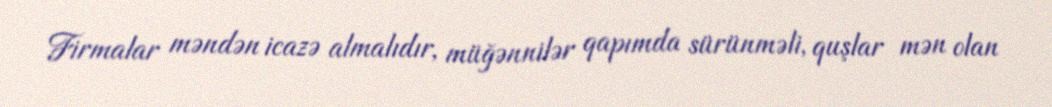
Firmalar məndən icazə almalıdır, müğənnilər qapımda sürünməli, quşlar mən olan